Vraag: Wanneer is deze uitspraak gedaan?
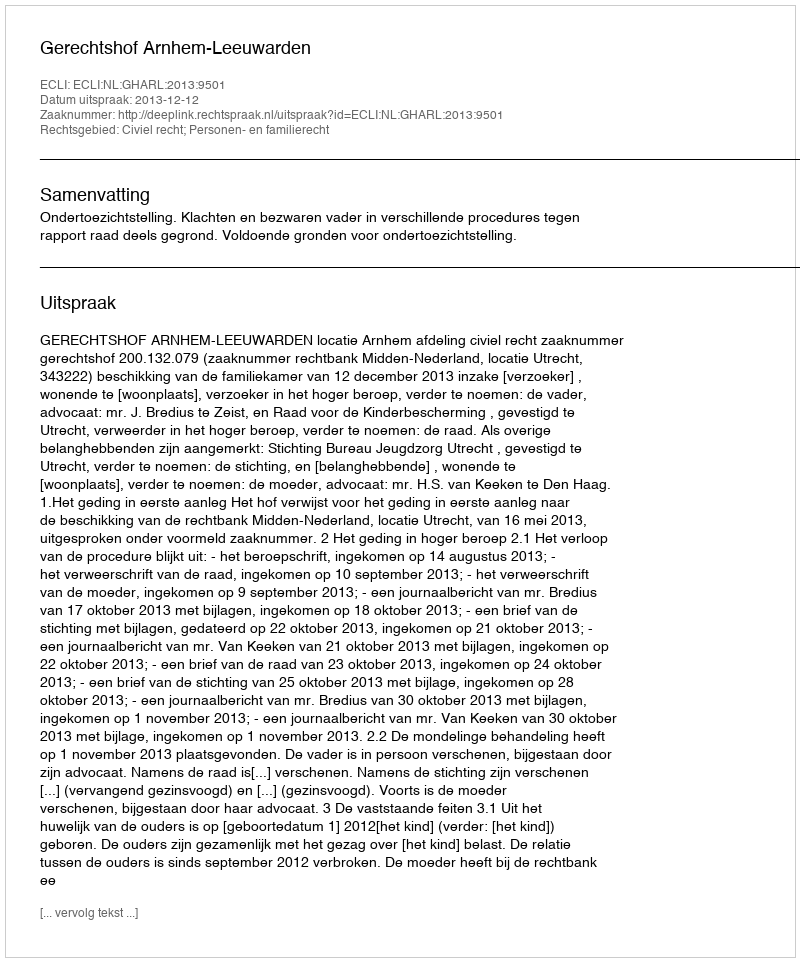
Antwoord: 2013-12-12